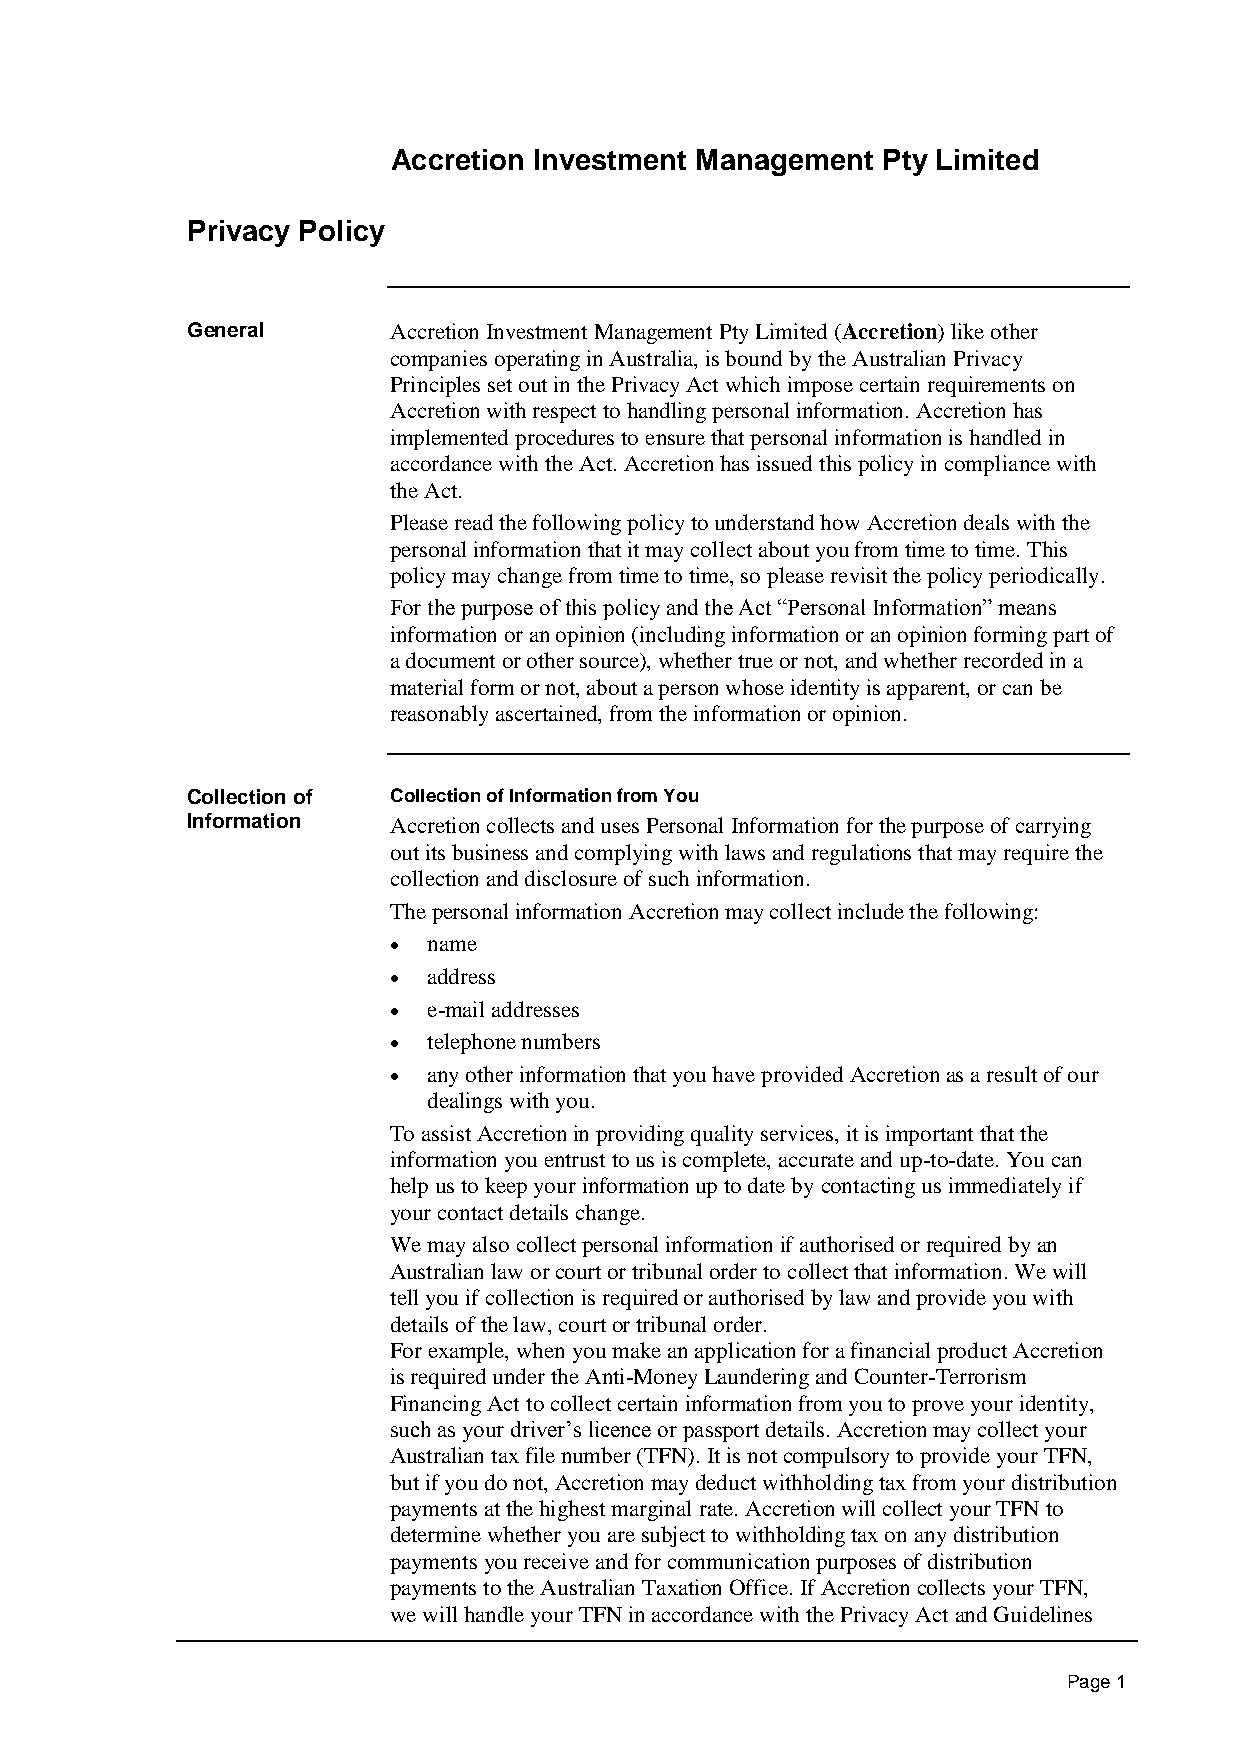
Accretion Investment Management Pty Limited
 Privacy Policy
 General       Accretion Investment Management Pty Limited (Accretion) like other
 companies operating in Australia, is bound by the Australian Privacy
 Principles set out in the Privacy Act which impose certain requirements on
 Accretion with respect to handling personal information. Accretion has
 implemented procedures to ensure that personal information is handled in
 accordance with the Act. Accretion has issued this policy in compliance with
 the Act.
 Please read the following policy to understand how Accretion deals with the
 personal information that it may collect about you from time to time. This
 policy may change from time to time, so please revisit the policy periodically.
 For the purpose of this policy and the Act “Personal Information” means
 information or an opinion (including information or an opinion forming part of
 a document or other source), whether true or not, and whether recorded in a
 material form or not, about a person whose identity is apparent, or can be
 reasonably ascertained, from the information or opinion.
 Collection of Collection of Information from You
 Information   Accretion collects and uses Personal Information for the purpose of carrying
 out its business and complying with laws and regulations that may require the
 collection and disclosure of such information.
 The personal information Accretion may collect include the following:
  name
  address
  e-mail addresses
  telephone numbers
  any other information that you have provided Accretion as a result of our
 dealings with you.
 To assist Accretion in providing quality services, it is important that the
 information you entrust to us is complete, accurate and up-to-date. You can
 help us to keep your information up to date by contacting us immediately if
 your contact details change.
 We may also collect personal information if authorised or required by an
 Australian law or court or tribunal order to collect that information. We will
 tell you if collection is required or authorised by law and provide you with
 details of the law, court or tribunal order.
 For example, when you make an application for a financial product Accretion
 is required under the Anti-Money Laundering and Counter-Terrorism
 Financing Act to collect certain information from you to prove your identity,
 such as your driver’s licence or passport details. Accretion may collect your
 Australian tax file number (TFN). It is not compulsory to provide your TFN,
 but if you do not, Accretion may deduct withholding tax from your distribution
 payments at the highest marginal rate. Accretion will collect your TFN to
 determine whether you are subject to withholding tax on any distribution
 payments you receive and for communication purposes of distribution
 payments to the Australian Taxation Office. If Accretion collects your TFN,
 we will handle your TFN in accordance with the Privacy Act and Guidelines
 Page 1